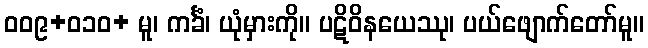
၀၀၉+၀၁၀+ မူ၊ ကင်္ခံ၊ ယုံမှားကို။ ပဋိဝိနယေဿု၊ ပယ်ဖျောက်တော်မူ။